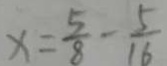
x = \frac { 5 } { 8 } - \frac { 5 } { 1 6 }